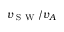
v _ { \textrm { S W } } / v _ { A }